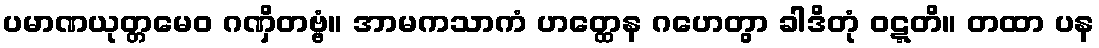
ပမာဏယုတ္တမေဝ ဂဏှိတဗ္ဗံ။ အာမကသာကံ ဟတ္ထေန ဂဟေတွာ ခါဒိတုံ ဝဋ္ဋတိ။ တထာ ပန